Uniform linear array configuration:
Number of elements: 24
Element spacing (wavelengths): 0.25
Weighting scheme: uniform
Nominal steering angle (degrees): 30
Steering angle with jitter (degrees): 31.114
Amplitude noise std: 0.05
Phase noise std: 0.05

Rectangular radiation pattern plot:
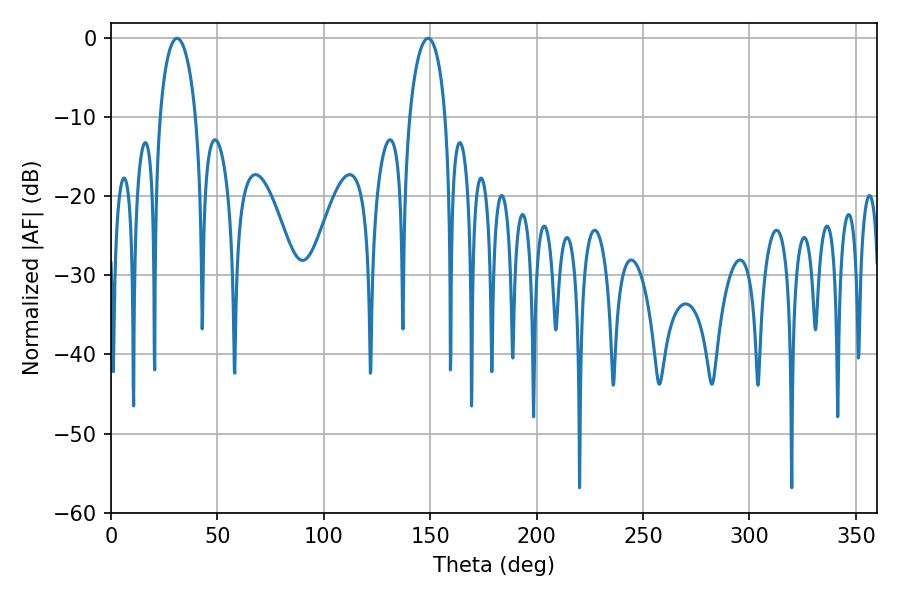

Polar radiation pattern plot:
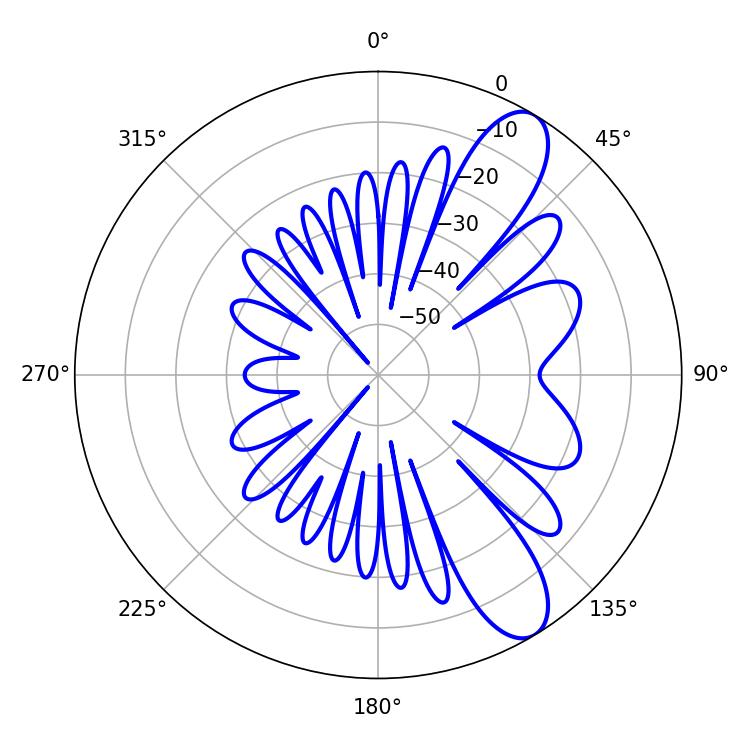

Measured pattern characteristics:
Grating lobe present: FALSE
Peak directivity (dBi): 9.972
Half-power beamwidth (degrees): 9.72
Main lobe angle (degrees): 30.96